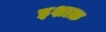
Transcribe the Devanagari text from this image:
इशाक़